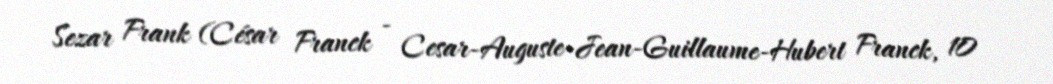
Sezar Frank (César Franck - Cesar-Auguste-Jean-Guillaume-Hubert Franck, 10